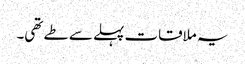
یہ ملاقات پہلے سے طے تھی۔